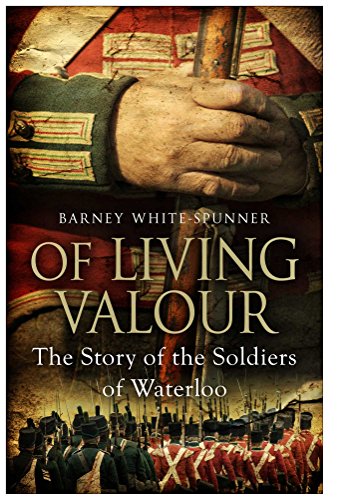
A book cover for Of Living Valour: The Story of the Soldiers of Waterloo; Barney White-Spunner; History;